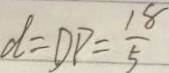
d = D P = \frac { 1 8 } { 5 }